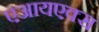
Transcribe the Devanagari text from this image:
एआयएक्स